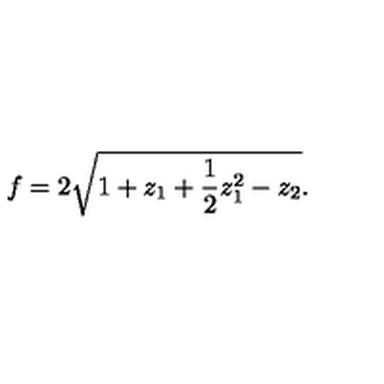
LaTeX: f = 2 \sqrt { 1 + z _ { 1 } + { \frac { 1 } { 2 } } z _ { 1 } ^ { 2 } - z _ { 2 } } .